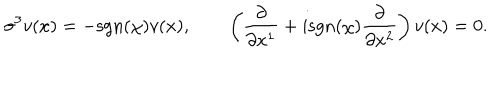
LaTeX: \sigma ^ { 3 } v ( x ) = - \mathrm { s g n } ( \chi ) v ( x ) , \qquad \left( \frac { \partial } { \partial x ^ { 1 } } + i \mathrm { s g n } ( \chi ) \frac { \partial } { \partial x ^ { 2 } } \right) v ( x ) = 0 .